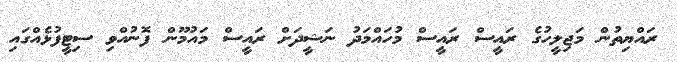
ރައްޔިތުން މަޖިލީހުގެ ރައީސް ރައީސް މުހައްމަދު ނަޝީދަށް ރައީސް މައުމޫން ފޮނުއްވި ސިޓީފުޅެއްގައި